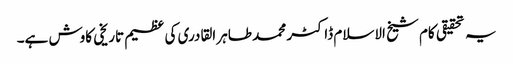
یہ تحقیقی کام شیخ الاسلام ڈاکٹر محمد طاہر القادری کی عظیم تاریخی کاوش ہے۔